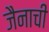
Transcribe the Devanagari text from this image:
जैनाची